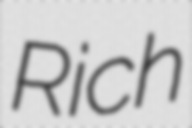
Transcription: Rich